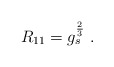
\begin{align*}R_{11}= g_s^{2\over3}\ .\end{align*}